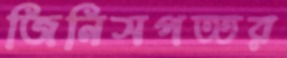
জিনিসপত্তর